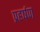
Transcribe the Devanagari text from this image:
प्रहर्षण